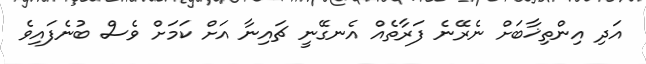
އަދި އިންތިޚާބަށް ނެރޭނެ ފަރާތެއް އެނގޭނީ ޗައިނާ އަށް ކަމަށް ވެސް ބުނެފައިވެ